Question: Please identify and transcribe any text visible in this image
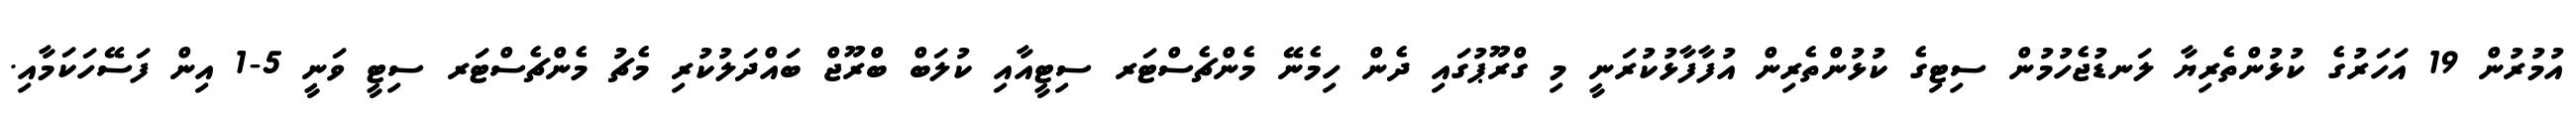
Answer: އުމުރުން 19 އަހަރުގެ ކުޅުންތެރިޔާ ލަނޑުޖެހުމުން ސިޓިގެ ކުޅުންތެރިން އުފާފާޅުކުރަނީ މި ގްރޫޕުގައި ދެން ހިމެނޭ މެންޗެސްޓަރ ސިޓީއާއި ކުލަބް ބްރޫޖް ބައްދަލުކުރި މެޗު މެންޗެސްޓަރ ސިޓީ ވަނީ 5-1 އިން ފަސޭހަކަމާއި.